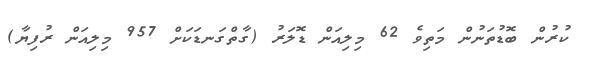
ކުރުން ބޮޑުތަނުން މަތިވެ 62 މިލިއަން ޑޮލަރު (ގާތްގަނޑަކަށް 957 މިލިއަން ރުފިޔާ)